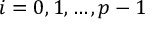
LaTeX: i = 0 , 1 , \ldots , p - 1